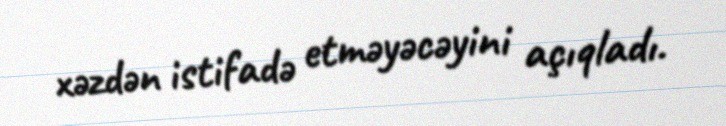
xəzdən istifadə etməyəcəyini açıqladı.